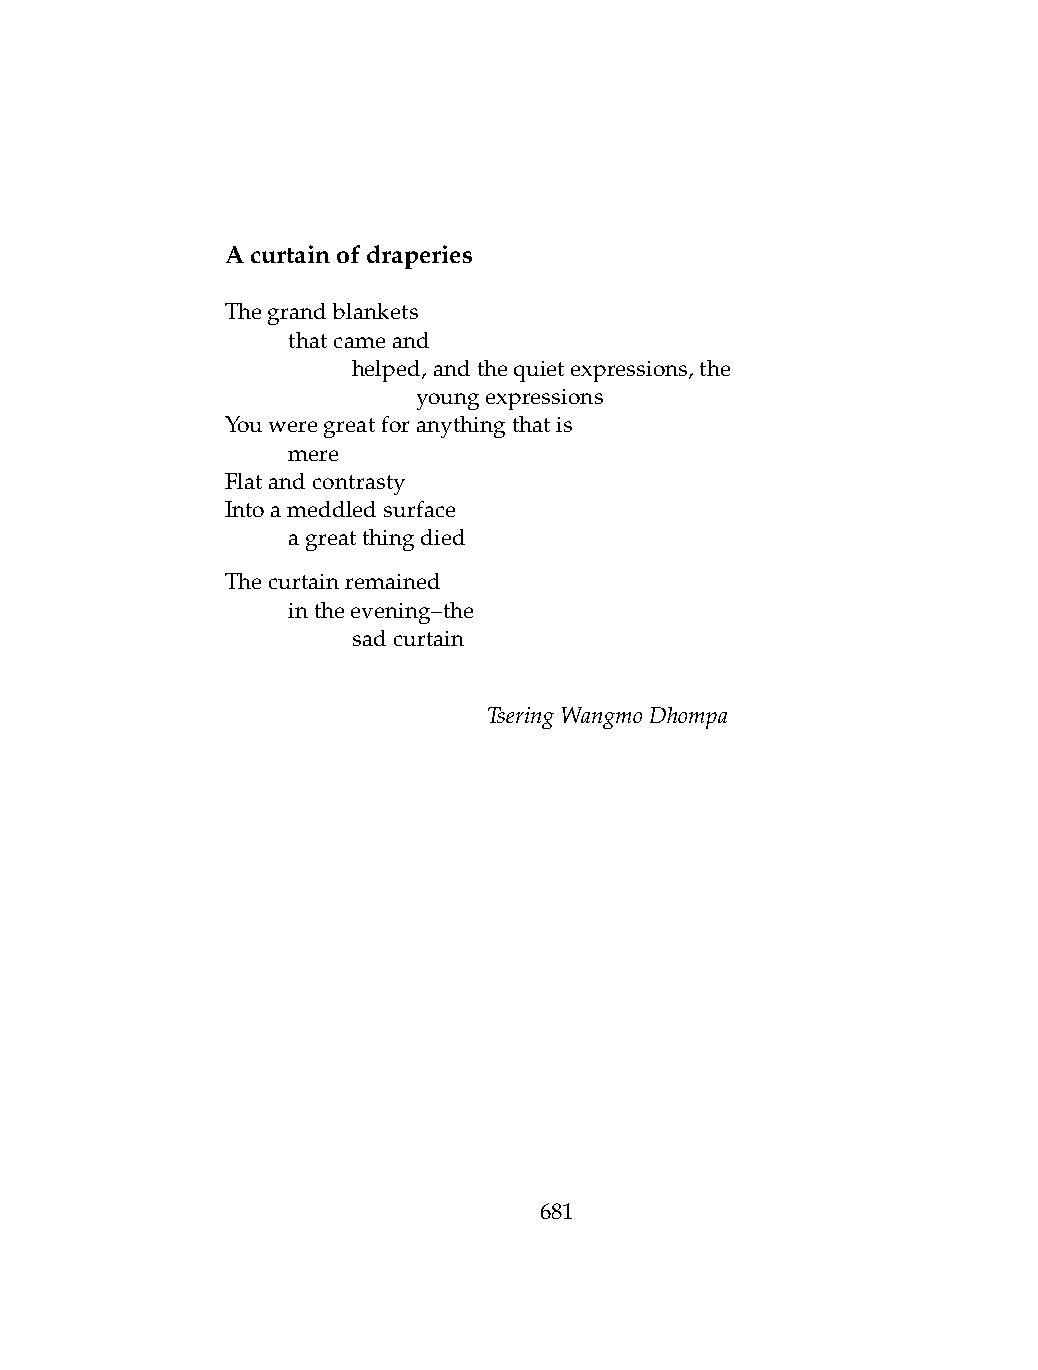
Acurtainofdraperies
 Thegrandblankets
 .   thatcameand
 .   .   helped,andthequietexpressions,the
 .   .   .    youngexpressions
 Youweregreatforanythingthatis
 .   mere
 Flatandcontrasty
 Intoameddledsurface
 .   agreatthingdied
 Thecurtainremained
 .   intheevening–the
 .   .   sadcurtain
 TseringWangmoDhompa
 681